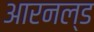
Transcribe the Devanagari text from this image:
आरनल्‍ड